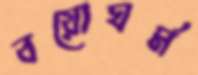
বয়োঘর্ম